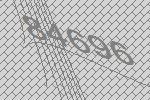
84696